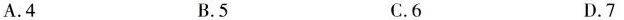
A. 4 B. 5 C. 6 D. 7